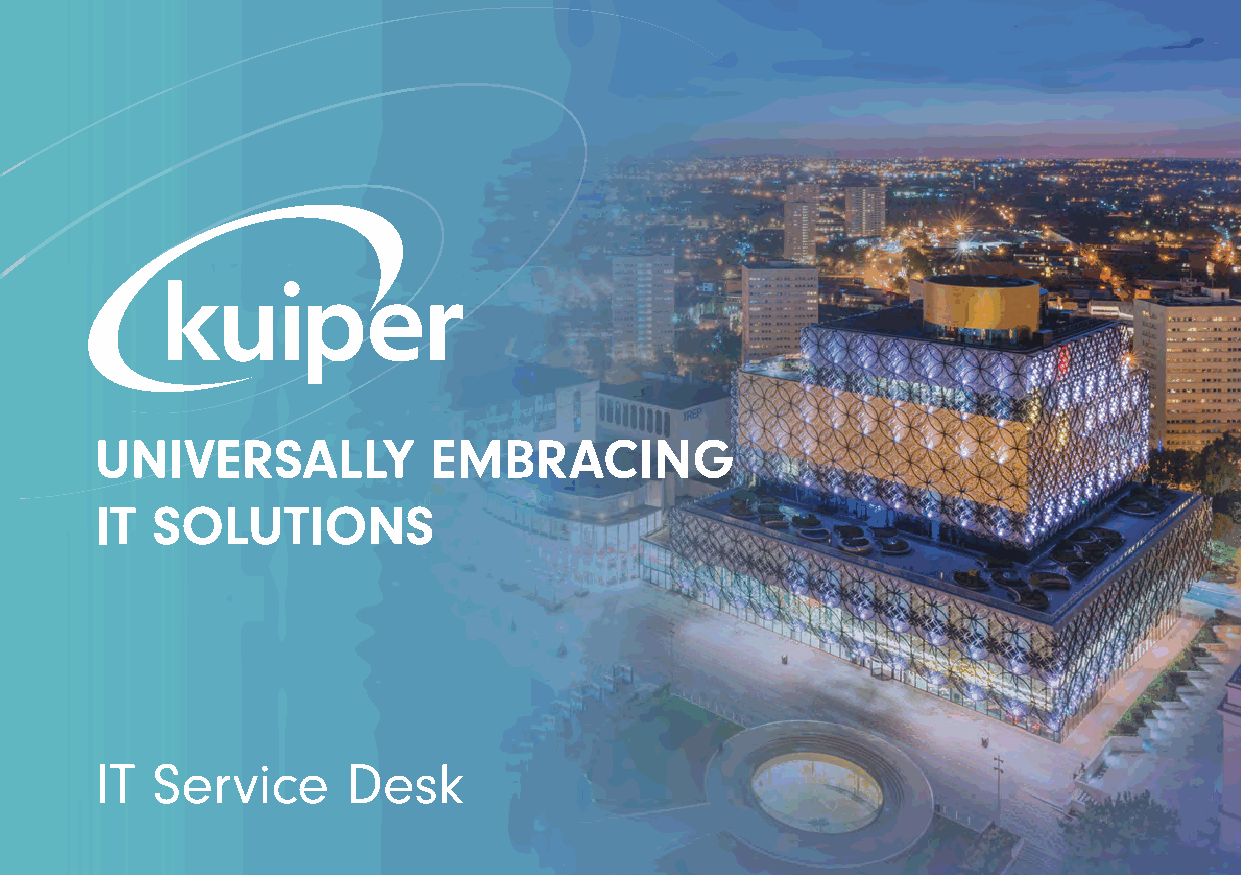
UNIVERSALLY            EMBRACING
 IT  SOLUTIONS
 IT  Service      Desk